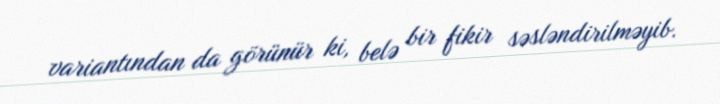
variantından da görünür ki, belə bir fikir səsləndirilməyib.